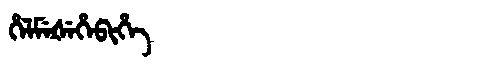
Manchu: ᡥᡝᠯᠮᡝᡧᡝᡥᡝᠪᡳᡥᡝ
Romanization: HELMEŠEHEBIHE